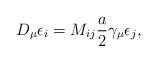
LaTeX: \begin{align*}D_{\mu} \epsilon_{i} = M_{i j} \frac{a}{2} \gamma_{\mu} \epsilon_{j},\end{align*}